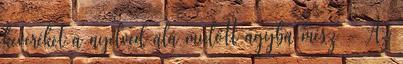
keveréket a nyelved alá mielőtt ágyba mész - Az